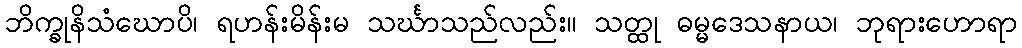
ဘိက္ခုနိသံဃောပိ၊ ရဟန်းမိန်းမ သင်္ဃာသည်လည်း။ သတ္ထု ဓမ္မဒေသနာယ၊ ဘုရားဟောရာ